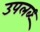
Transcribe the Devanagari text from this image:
उपलब्ध्‍